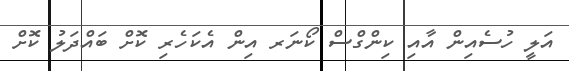
އަލީ ހުސެއިން އާއި ކިންގްސް ކޯނަރ އިން އެކަހެރި ކޮށް ބައްދަލު ކޮށް